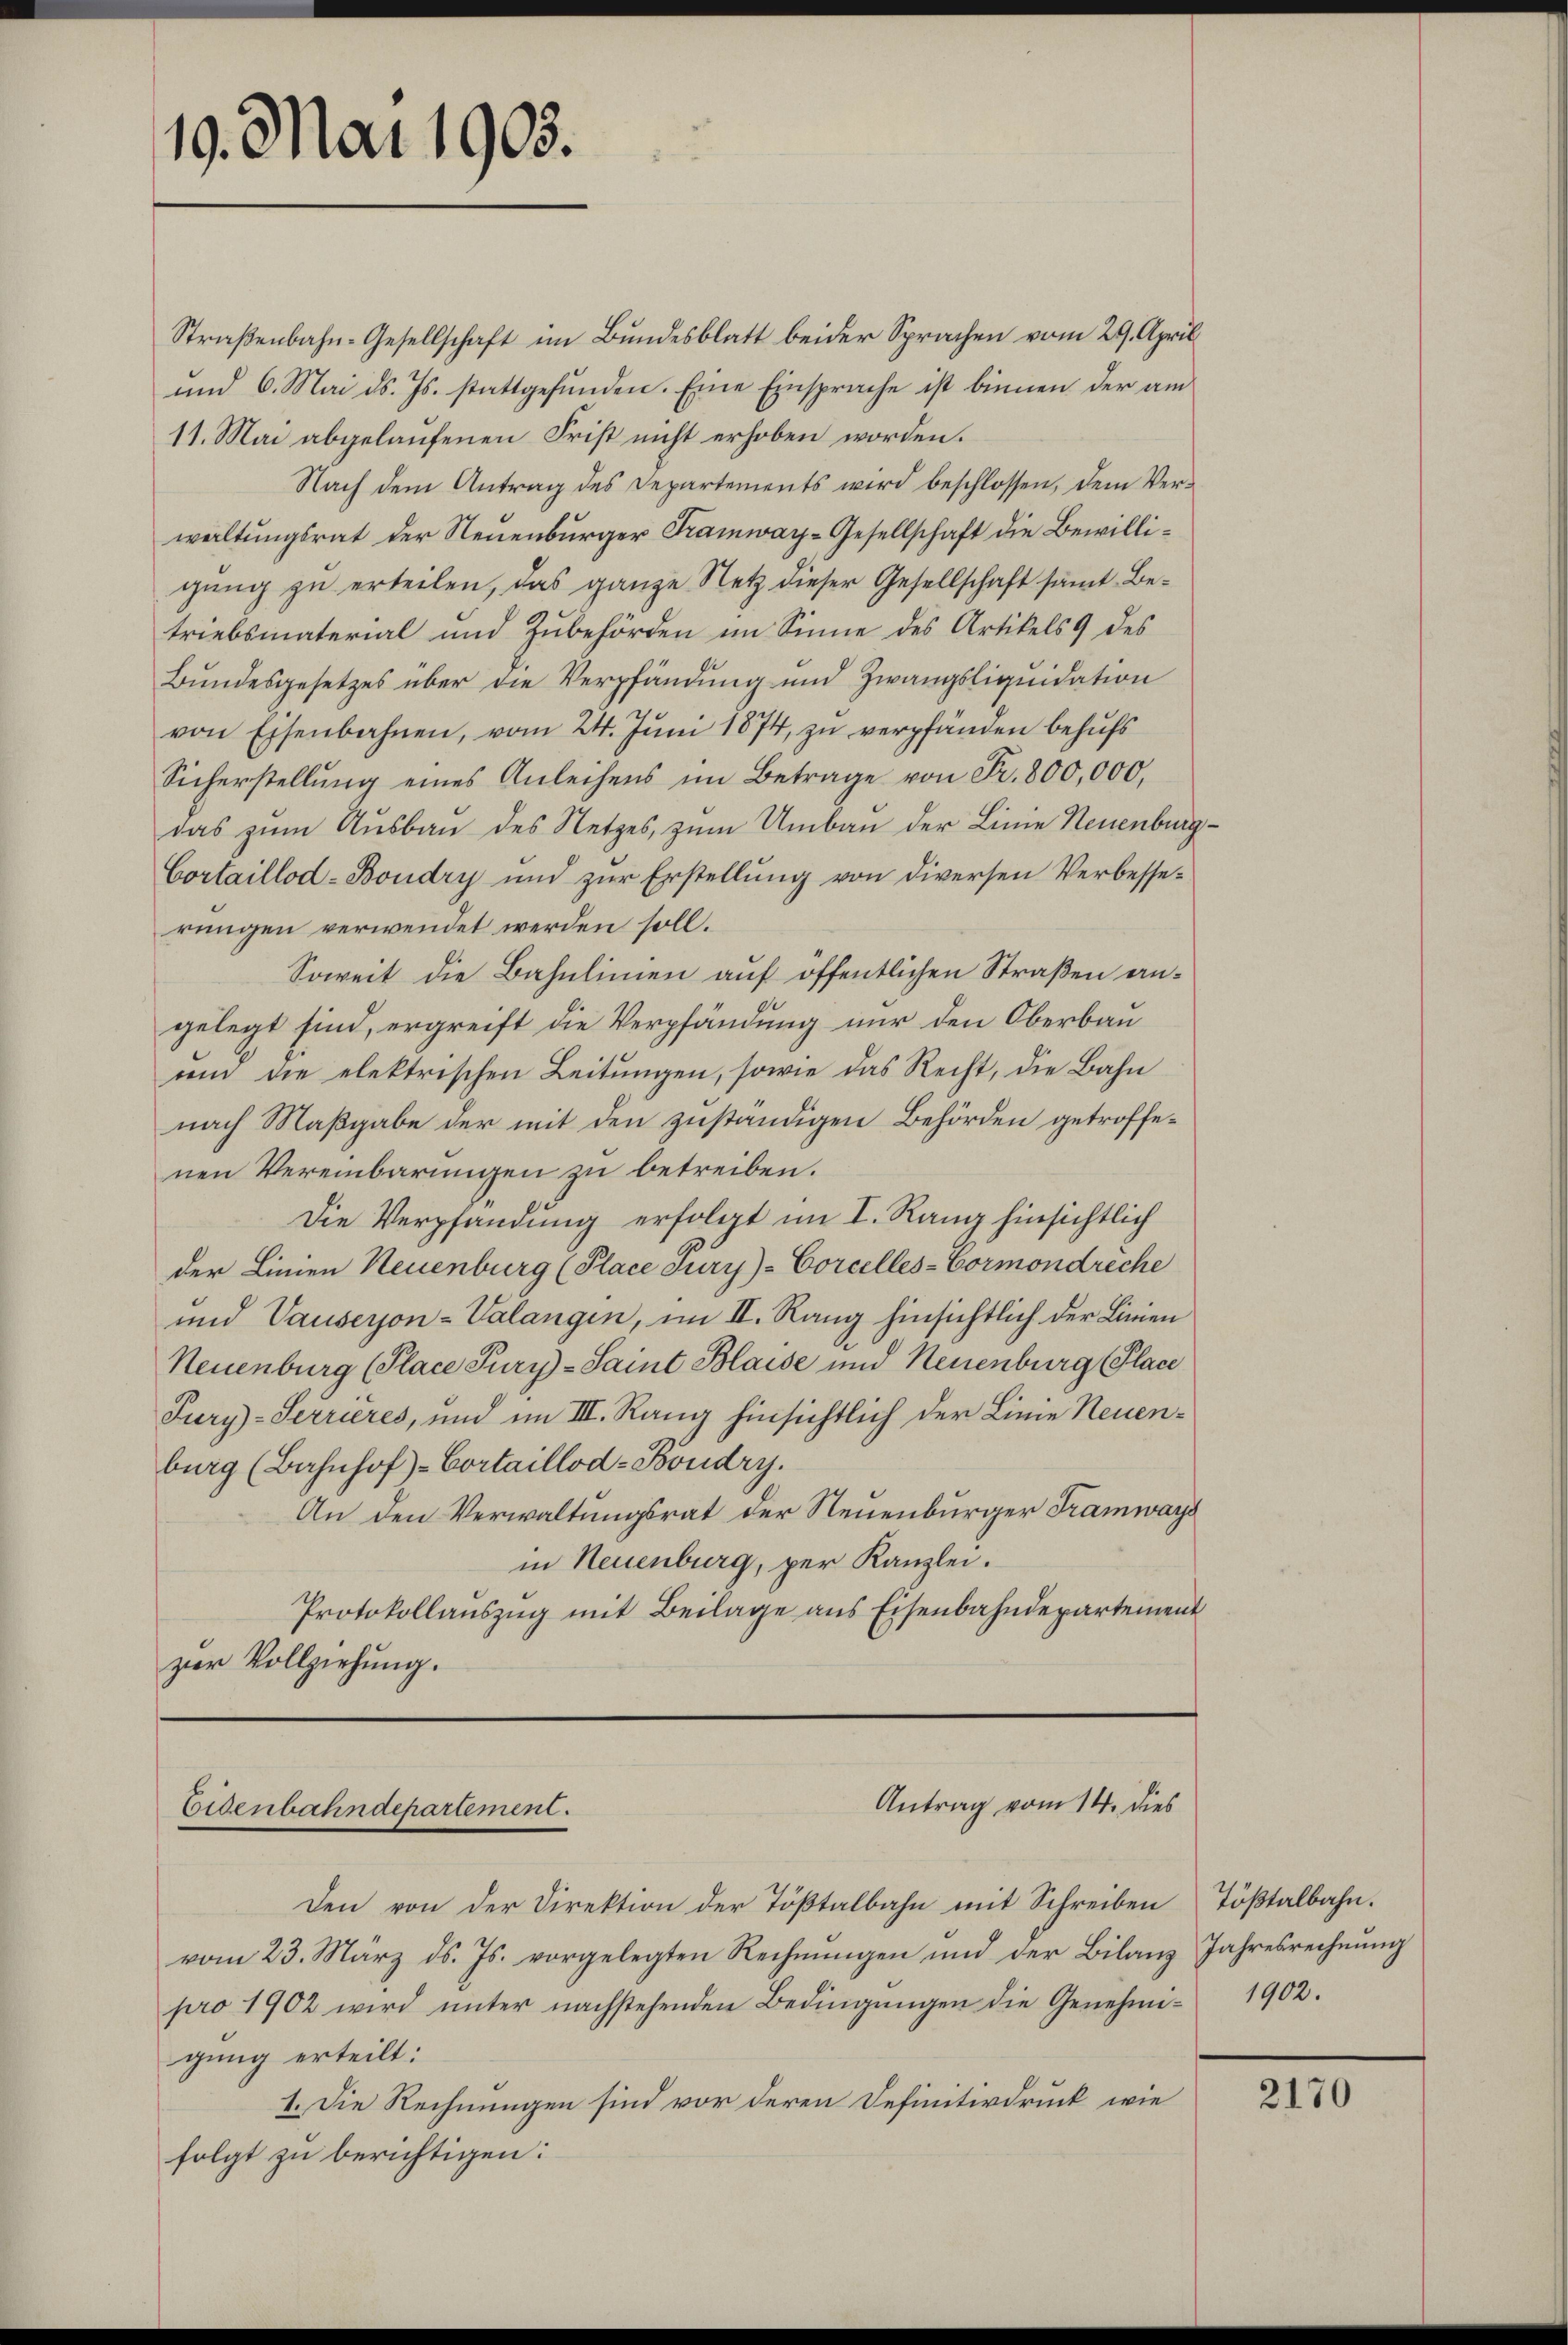
19. Mai 1903.

Straßenbahn-Gesellschaft im Bundesblatt beider Sprachen vom 29. April
und 6. Mai d. Js. stattgefŭnden. Eine Einsprache ist binnen der am
11. Mai abgelaufenen Frist nicht erhoben worden.
Nach dem Antrag des Departements wird beschlossen, dem Verweltungsrat der Neuenburger Tramway-Gesellschaft die Bewilligung zu erteilen, das ganze Netz dieser Gesellschaft samt Be-
triebsmaterial und Zubehörden im Sinne des Artikels 9 des
Bundesgesetzes über die Verpfändung und Zwangsliquidation
von Eisenbahnen, vom 24. Juni 1874, zu verpfänden behufs
Sicherstellung eines Anleihens im Betrage von Fr. 800,000,
das zŭm Aŭsbaŭ des Netzes, zum Umbau der Linie Neuenburg¬
Cortaillod-Boudry und zur Erstellung von diversen Verbesserungen verwendet werden soll.
Soweit die Bahnlinien auf öffentlichen Straßen angelegt sind, ergreift die Verpfändung nur den Oberbau
um die elektrischen Leitungen, sowie das Recht, die Bahn
nach Maßgabe der mit den zuständigen Behörden getroffenen Vereinbarungen zu betreiben.
Die Verpfandung erfolgt im I. Rang hinsichtlich
der Linien Neuenburg (Place Jury)-Corcelles-Bormondreche
und Vauseron-Valangen, im II. Rang hinsichtlich der Linien
Neuenburg (Place Tury-Saint Blaise und Neuenburg (Place
Jury-Serrieres, und im III. Rang hinsichtlich der Linie Neuenburg (Bahnhof-Cortaillod-Boudry.
An den Verwaltungsrat der Neuenburger Tramways
in Neuenburg, per Kanzlei.
Protokollauszug mit Beilage aus Eisenbahndepartement
zer Vollziehung.

Antrag vom 14. dies
Eisenbahndepartement.

Den von der Direktion der Tößtalbahn mit Schreiben Tößtalbahn.
vom 23. März d. Js. vorgelegten Rechnŭngen und der Bilanz Jahresrechnŭng
pro 1902 wird ŭnter nachstehenden Bedingŭngen die Genehmi- 1902.
gung erteilt:
1. Die Rechnungen sind vor deren Definitivdruck wie
folgt zu berichtigen:

2170